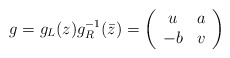
\begin{align*}g=g_L(z)g_R^{-1}(\bar{z})=\left(\begin{array}{cc}u & a \\-b & v\end{array}\right)\end{align*}